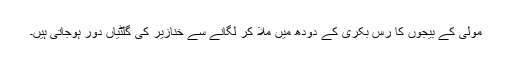
مولی کے بیجوں کا رس بکری کے دودھ میں ملا کر لگانے سے خنازیر کی گلٹیاں دور ہوجاتی ہیں۔